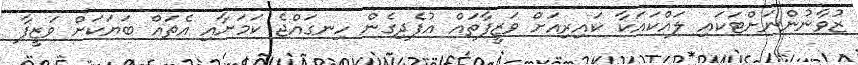
ޒުވާނުންނަށްޓަކައި ލައްކައަކާ ކައިރިއަށް ވަޒީފާތައް އުފެދިގެން ހިނގައްޖެ ކަމަށާއި އެތައް ބަޔަކަށް ވަޒީފާ